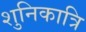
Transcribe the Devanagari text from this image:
शुनिकात्रि